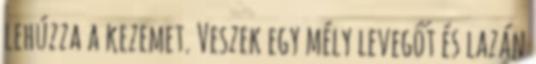
lehúzza a kezemet. Veszek egy mély levegőt és lazán